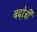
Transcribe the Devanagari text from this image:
बढो़त्री